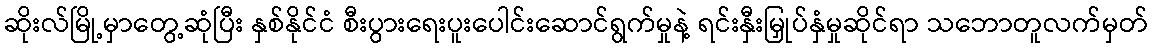
ဆိုးလ်မြို့မှာတွေ့ဆုံပြီး နှစ်နိုင်ငံ စီးပွားရေးပူးပေါင်းဆောင်ရွက်မှုနဲ့ ရင်းနှီးမြှုပ်နှံမှုဆိုင်ရာ သဘောတူလက်မှတ်